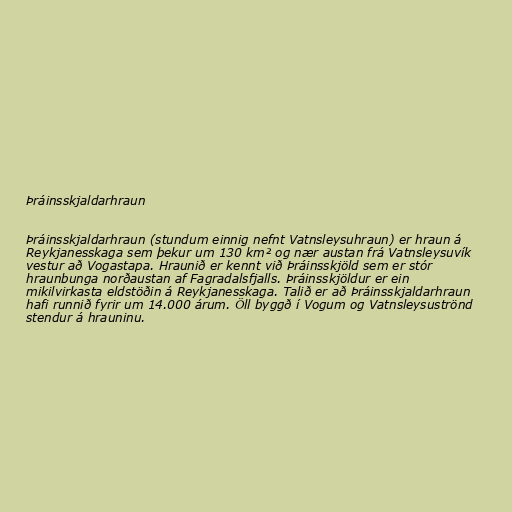
Þráinsskjaldarhraun

Þráinsskjaldarhraun (stundum einnig nefnt Vatnsleysuhraun) er hraun á
Reykjanesskaga sem þekur um 130 km² og nær austan frá Vatnsleysuvík
vestur að Vogastapa. Hraunið er kennt við Þráinsskjöld sem er stór
hraunbunga norðaustan af Fagradalsfjalls. Þráinsskjöldur er ein
mikilvirkasta eldstöðin á Reykjanesskaga. Talið er að Þráinsskjaldarhraun
hafi runnið fyrir um 14.000 árum. Öll byggð í Vogum og Vatnsleysuströnd
stendur á hrauninu.